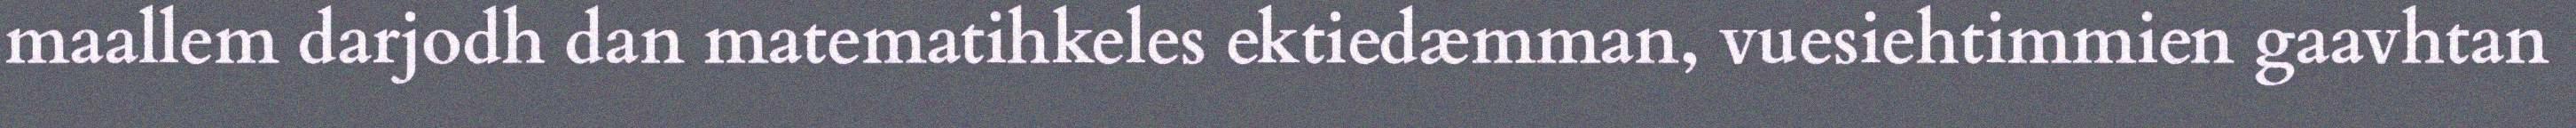
maallem darjodh dan matematihkeles ektiedæmman, vuesiehtimmien gaavhtan